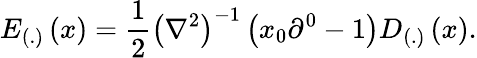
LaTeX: E_{\left(.\right)}\left(x\right)=\frac 12\left(\nabla^{2}\right)^{-1}\left(x_{0}\partial^{0}-1\right)D_{\left(.\right)}\left(x\right).